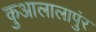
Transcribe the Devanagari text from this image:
कुआलालापुंर